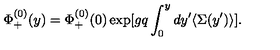
\Phi _ { + } ^ { ( 0 ) } ( y ) = \Phi _ { + } ^ { ( 0 ) } ( 0 ) \exp [ g q \int _ { 0 } ^ { y } d y ^ { \prime } \langle \Sigma ( y ^ { \prime } ) \rangle ] .